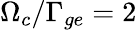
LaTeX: \Omega_{c}/\Gamma_{ge}=2